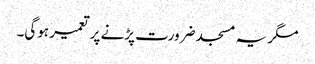
مگر یہ مسجد ضرورت پڑنے پر تعمیر ہوگی۔